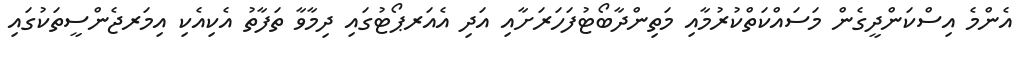
އެންމެ އިސްކަންދީގެން މަސައްކަތްކުރުމާއި މަތިންދާބޯޓުފަހަރަށާއި އަދި އެއަރޕޯޓުގައި ދިމާވާ ތަފާތު އެކިއެކި އިމަރޖެންސީތަކުގައި